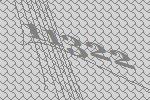
11322